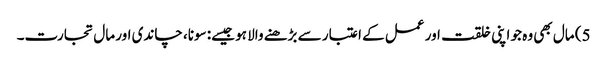
5) مال بھی وہ جو اپنی خلقت اور عمل کے اعتبار سے بڑھنے والا ہو جیسے: سونا، چاندی اور مال تجارت۔